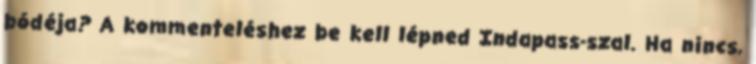
bódéja? A kommenteléshez be kell lépned Indapass-szal. Ha nincs,